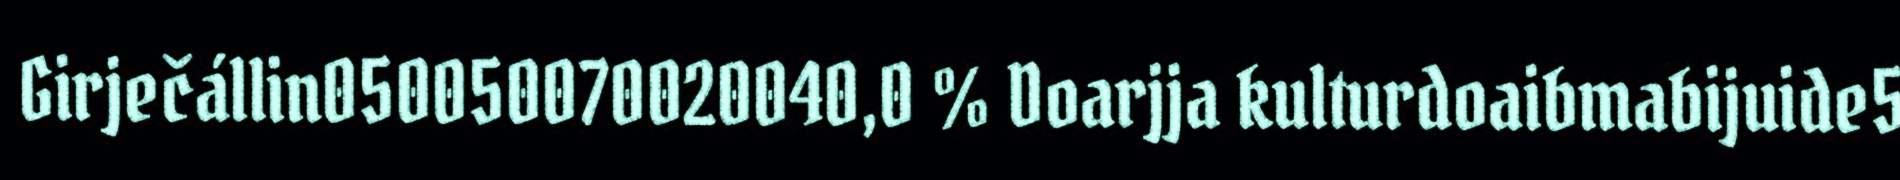
Girječállin050050070020040,0 % Doarjja kulturdoaibmabijuide5